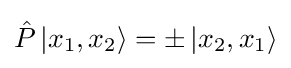
{\hat {P}}\left|x_{1},x_{2}\right\rangle =\pm \left|x_{2},x_{1}\right\rangle